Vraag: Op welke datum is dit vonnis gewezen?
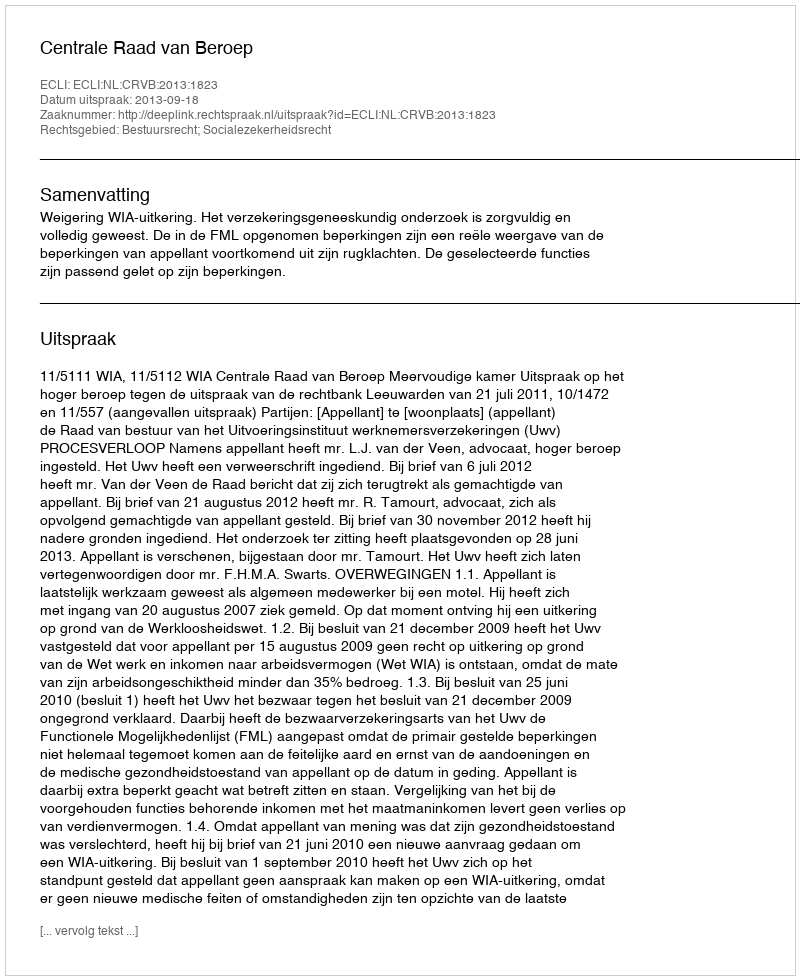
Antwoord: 2013-09-18